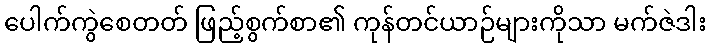
ပေါက်ကွဲစေတတ် ဖြည့်စွက်စာ၏ ကုန်တင်ယာဉ်များကိုသာ မက်ဇဲဒါး